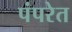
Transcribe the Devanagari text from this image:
पंपरेत